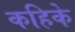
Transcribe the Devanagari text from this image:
कहिके